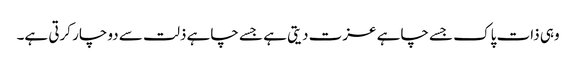
وہی ذات پاک جسے چاہے عزت دیتی ہے جسے چاہے ذلت سے دوچار کرتی ہے۔